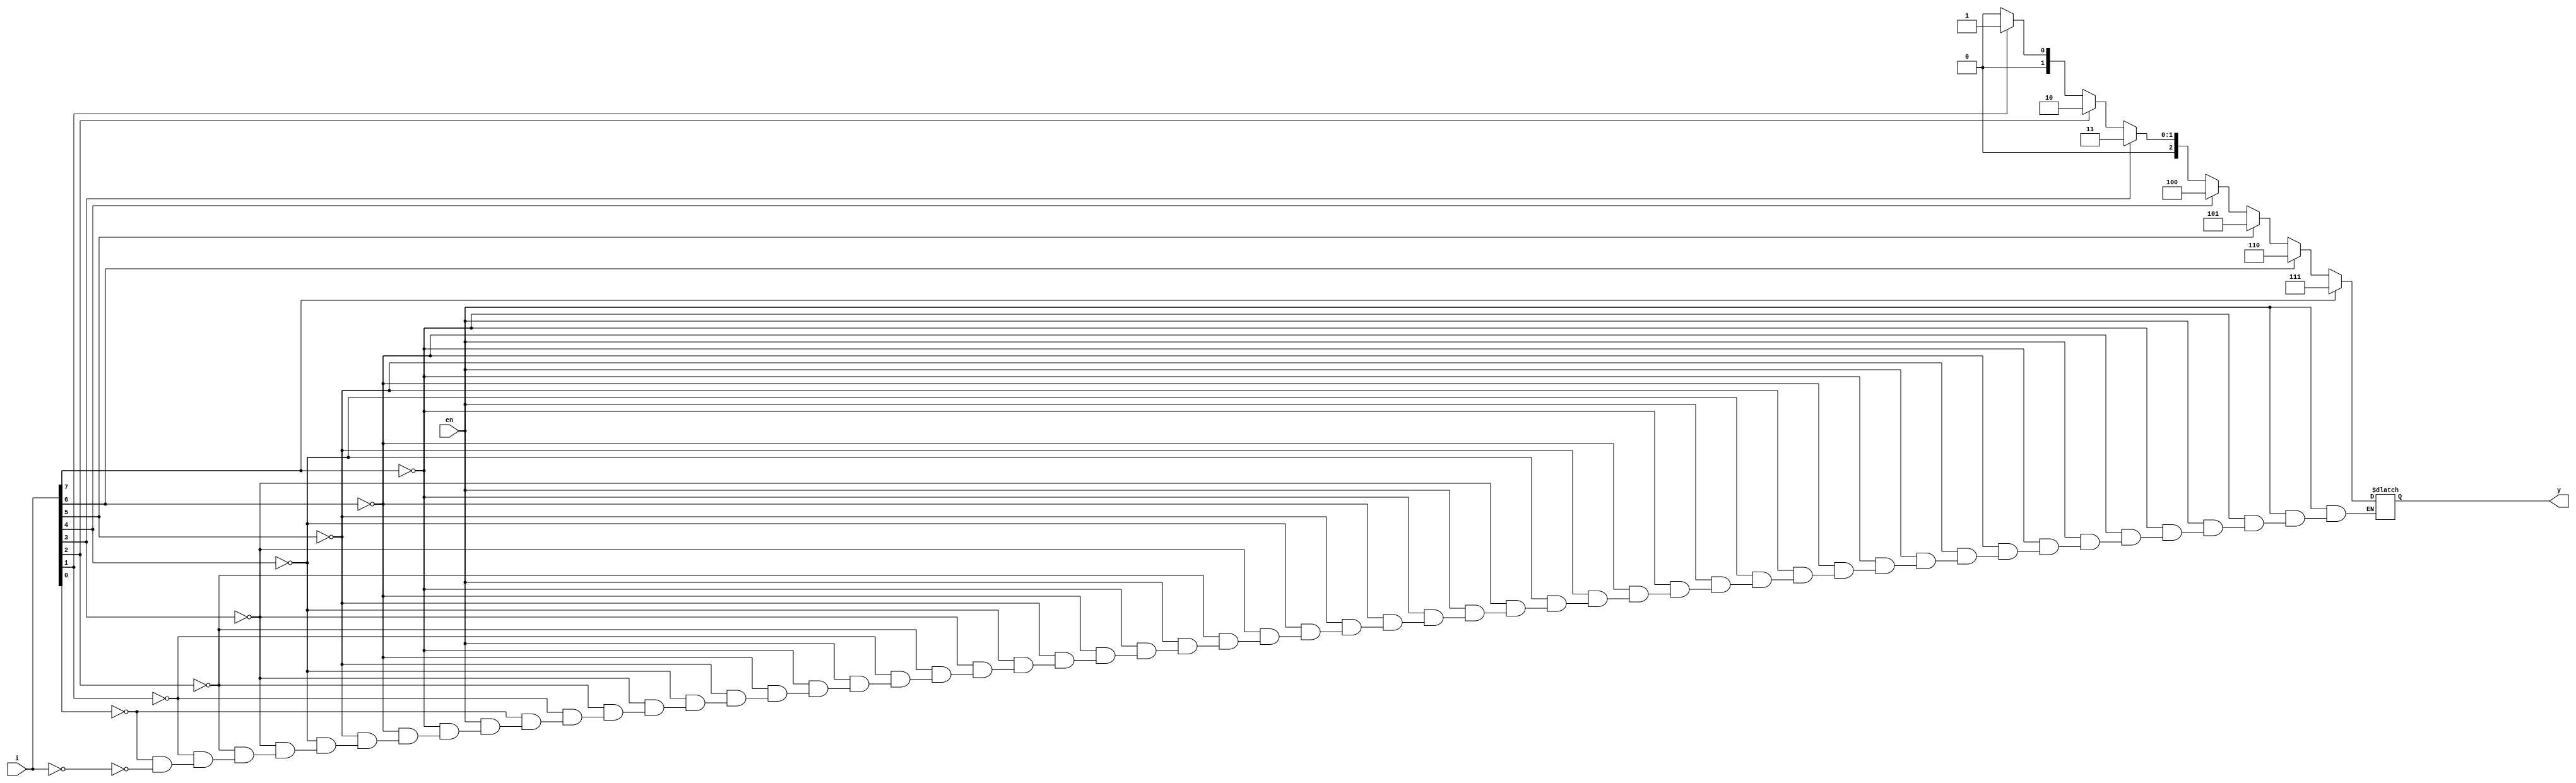
/* 9. write 8:3 priority encoder using structural model. */


module priorityencoder (input en, input [7:0]i,
  output reg [2:0]y
  
);

always@(en,i)
begin
  if(en == 1)
    begin
      if(i[7] == 1)       y = 3'b111;
      else if(i[6] == 1)  y = 3'b110;
      else if(i[5] == 1)  y = 3'b101;
      else if(i[4] == 1)  y = 3'b100;
      else if(i[3] == 1)  y = 3'b011;
      else if(i[2] == 1)  y = 3'b010;
      else if(i[1] == 1)  y = 3'b001;
      else if(i[0] == 1)  y = 3'b000;
      else if(i    == 0)  y = 3'b000;
    end
  else y = 3'bzzz;
end  

endmodule


module priorityencoder_tb (
  
);

reg en;
reg [7:0]i;
wire [2:0]y;

priorityencoder DUT(en,i,y);

initial
begin
  $monitor("Enable = %d, Input I = %b, Output y = %b",en,i,y);
  en = 0; i = 128; #10;
  en = 1; i = 258; #10;
  en = 1; i = 256; #10;
  en = 1; i = 126; #10;
  en = 1; i = 64;  #10;
  en = 1; i = 59;  #10;
  en = 1; i = 32;  #10;
  en = 1; i = 16;  #10;
  en = 1; i = 3;
end

initial #100 $finish;
  

endmodule